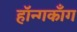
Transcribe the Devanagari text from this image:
हॉन्गकाँग